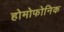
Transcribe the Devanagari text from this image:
होमोफोनिक